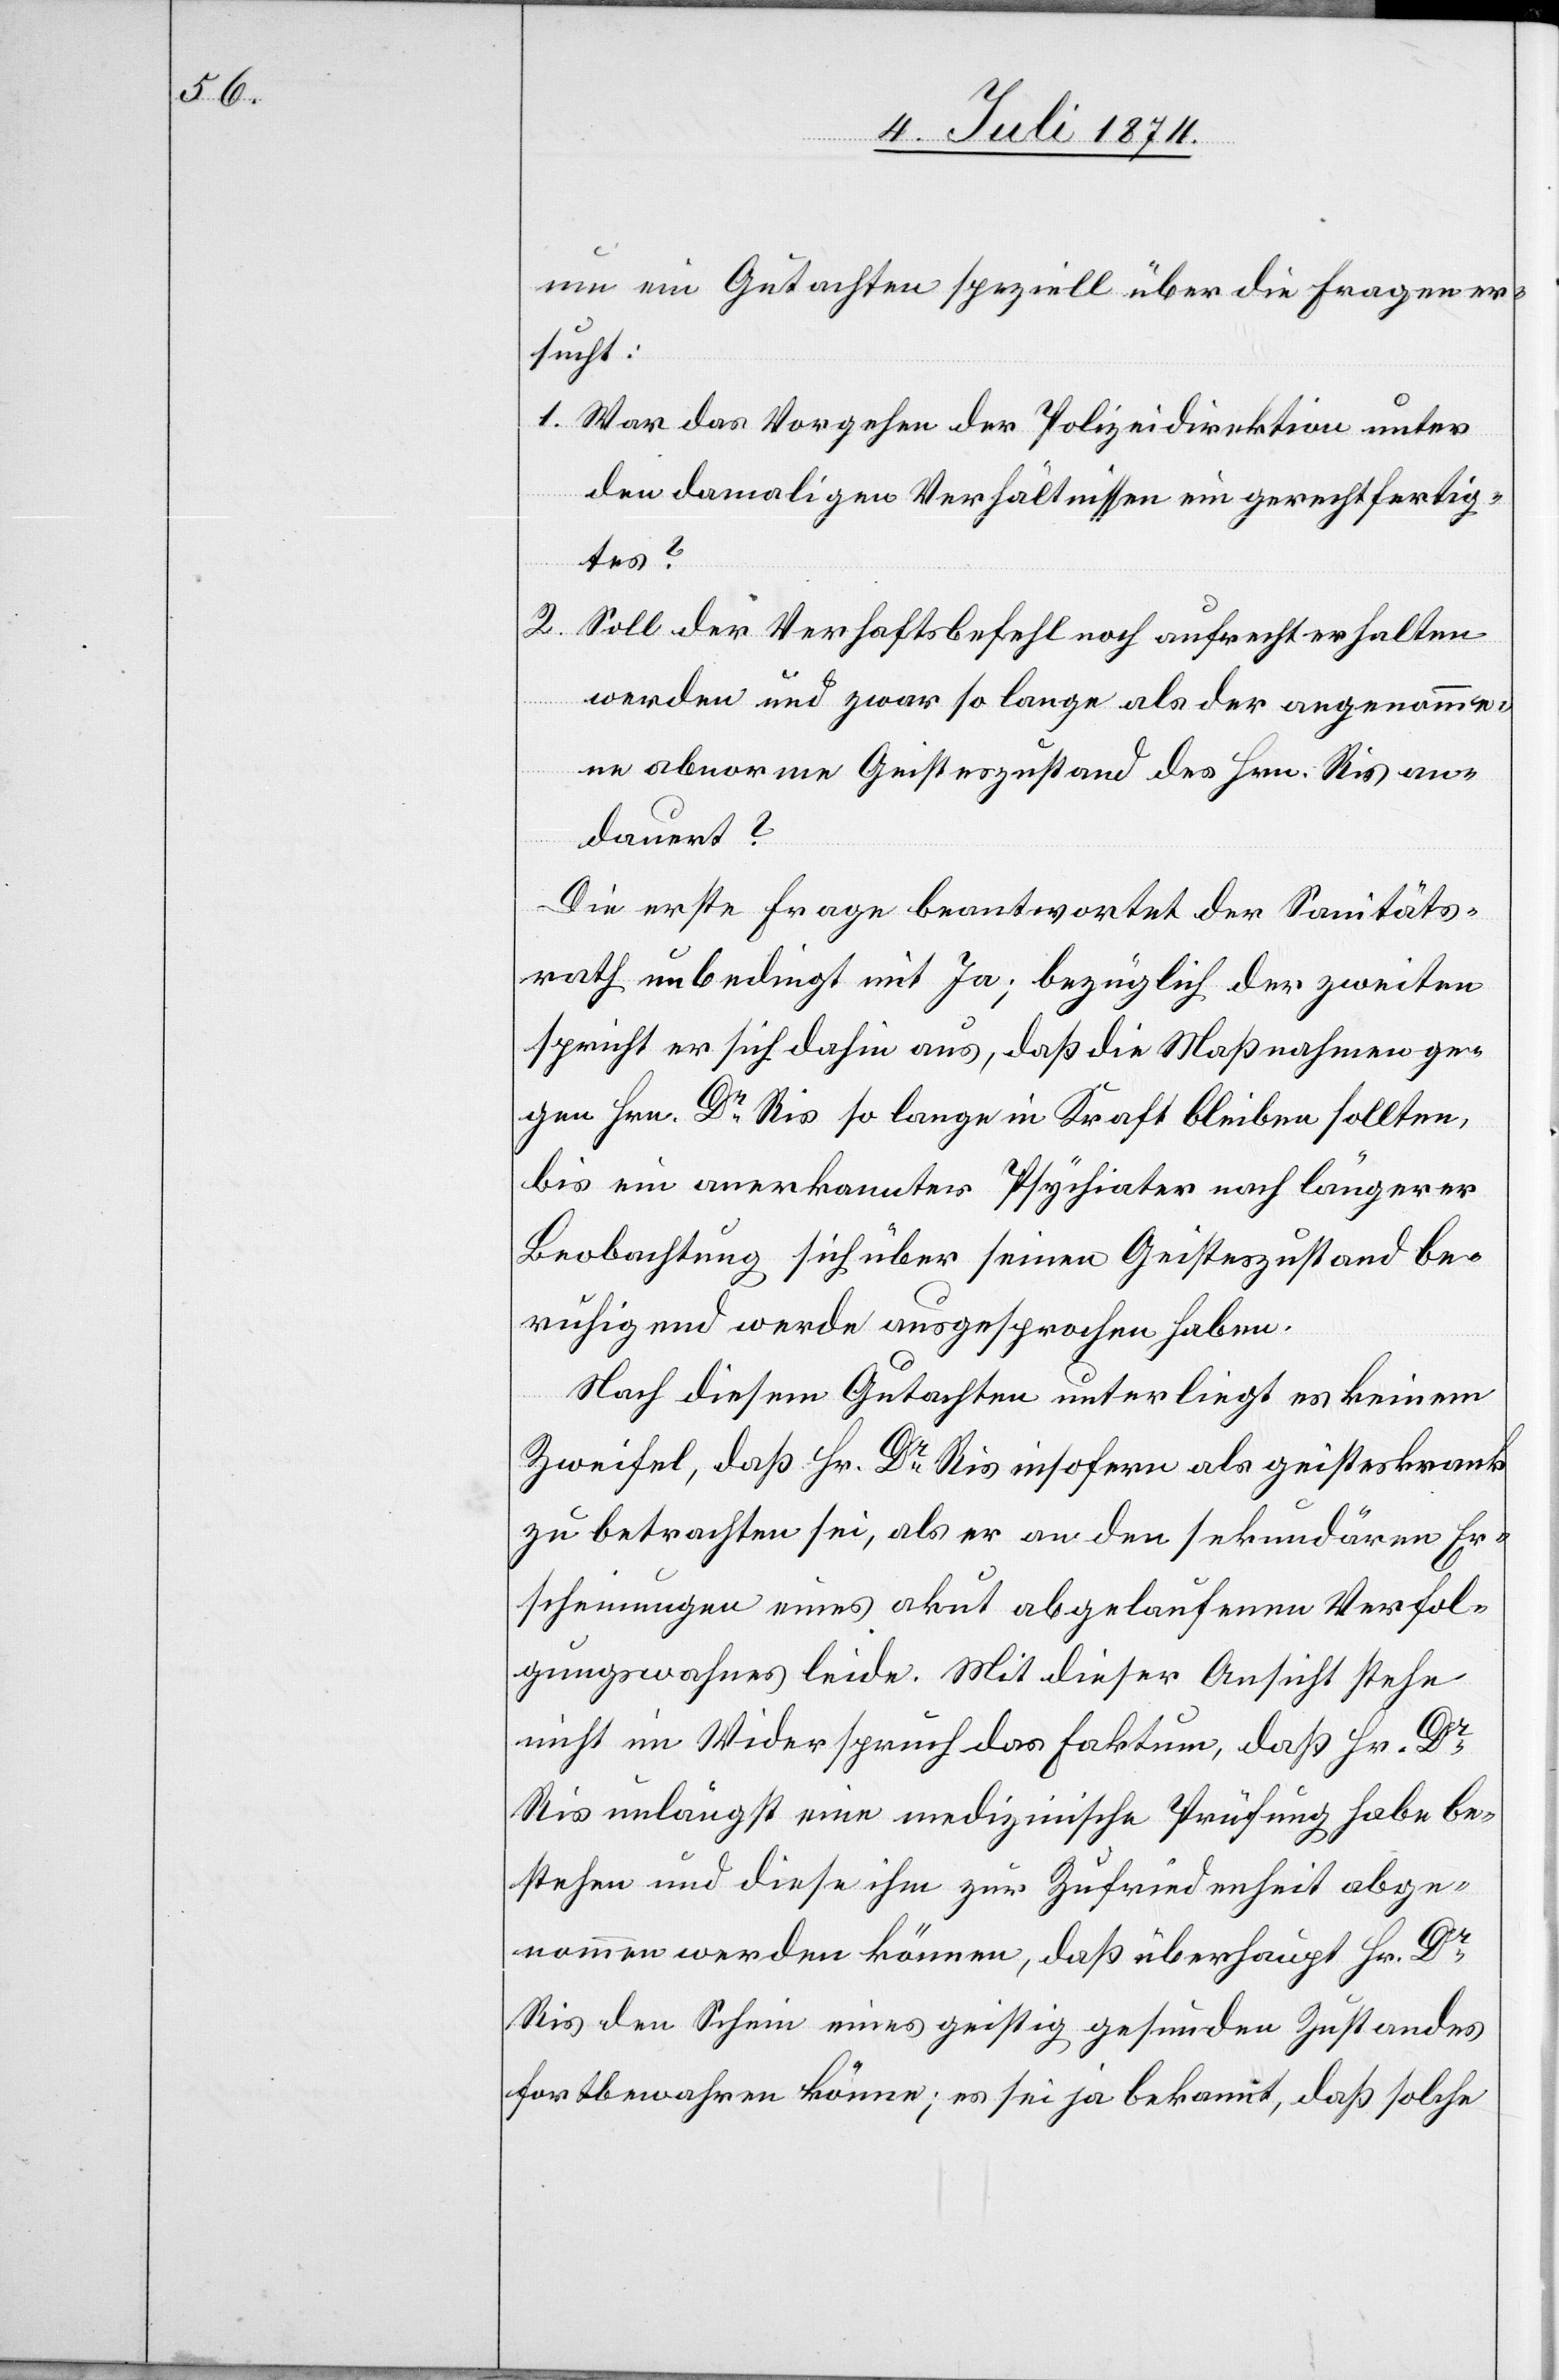
um ein Gutachten speziell über die Fragen er¬
sucht:
1. War das Vorgehen der Polizeidirektion unter
den damaligen Verhältnissen ein gerechtfertig¬
tes?
2. Soll der Verhaftsbefehl noch aufrecht erhalten
werden und zwar so lange als der angenomme¬
ne abnorme Geisteszustand des Hrn. Ris an¬
dauert?
Die erste Frage beantwortet der Sanitäts¬
rath unbedingt mit Ja; bezüglich der zweiten
spricht er sich dahin aus, daß die Maßnahmen ge¬
gen Hrn. Dr Ris so lange in Kraft bleiben sollten,
bis ein anerkannter Psychiater nach längerer
Beobachtung sich über seinen Geisteszustand be¬
ruhigend werde ausgesprochen haben.
Nach diesem Gutachten unterliegt es keinem
Zweifel, daß Hr. Dr Ris insofern als geisteskrank
zu betrachten sei, als er an den sekundären Er¬
scheinungen eines akut abgelaufenen Verfol¬
gungswahns leide. Mit dieser Ansicht stehe
nicht im Widerspruch das Faktum, daß Hr. Dr
Ris unlängst eine medizinische Prüfung habe be¬
stehen und diese ihm zur Zufriedenheit abge¬
nommen werden könne, daß überhaupt Hr. Dr
Ris den Schein eines geistig gesunden Zustandes
fortbewahren könne; es sei ja bekannt, daß solche